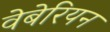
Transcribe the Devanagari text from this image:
वेबेरियन